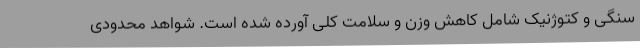
سنگی و کتوژنیک شامل کاهش وزن و سلامت کلی آورده شده است. شواهد محدودی